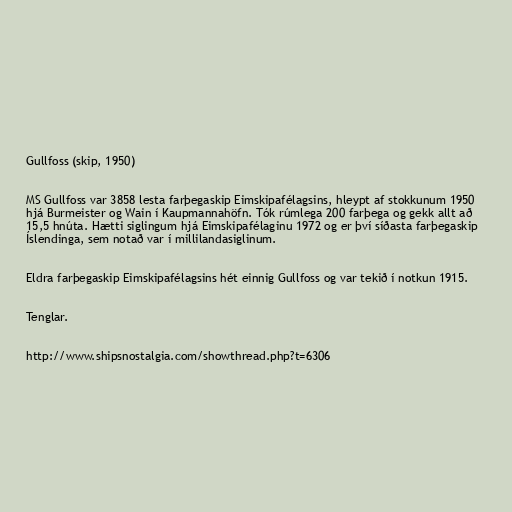
Gullfoss (skip, 1950)

MS Gullfoss var 3858 lesta farþegaskip Eimskipafélagsins, hleypt af stokkunum 1950
hjá Burmeister og Wain í Kaupmannahöfn. Tók rúmlega 200 farþega og gekk allt að
15,5 hnúta. Hætti siglingum hjá Eimskipafélaginu 1972 og er því síðasta farþegaskip
Íslendinga, sem notað var í millilandasiglinum.

Eldra farþegaskip Eimskipafélagsins hét einnig Gullfoss og var tekið í notkun 1915.

Tenglar.

http://www.shipsnostalgia.com/showthread.php?t=6306